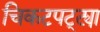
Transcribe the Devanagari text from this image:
चिकटपट्ट्या